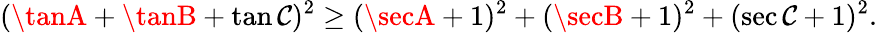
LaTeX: (\tanA+\tanB+\tan\mathcal{C})^{2}\geq(\secA+1)^{2}+(\secB+1)^{2}+(\sec\mathcal{C}+1)^{2}.